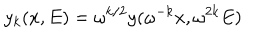
y _ { k } ( x , E ) = \omega ^ { k / 2 } y ( \omega ^ { - k } x , \omega ^ { 2 k } E )